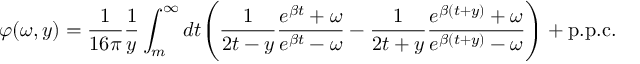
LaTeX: \varphi ( \omega , y ) = \frac { 1 } { 1 6 \pi } \frac { 1 } { y } \int _ { m } ^ { \infty } d t \Bigg ( \frac { 1 } { 2 t - y } \frac { e ^ { \beta t } + \omega } { e ^ { \beta t } - \omega } - \frac { 1 } { 2 t + y } \frac { e ^ { \beta ( t + y ) } + \omega } { e ^ { \beta ( t + y ) } - \omega } \Bigg ) + \mathrm { p . p . c . }